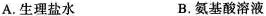
A.生理盐水 B.氨基酸溶液